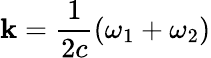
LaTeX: \mathbf{k}=\frac{{1}}{{2c}}(\omega_{1}+\omega_{2})